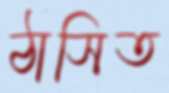
ঠাসিত